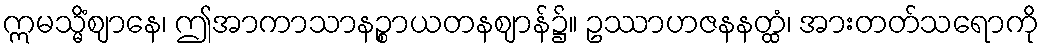
ဣမသ္မိံဈာနေ၊ ဤအာကာသာနဉ္စာယတနဈာန်၌။ ဥဿာဟဇနနတ္ထံ၊ အားတတ်သရောကို